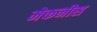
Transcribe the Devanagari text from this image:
मेकनीस